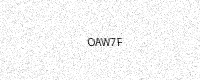
Text: OAW7F